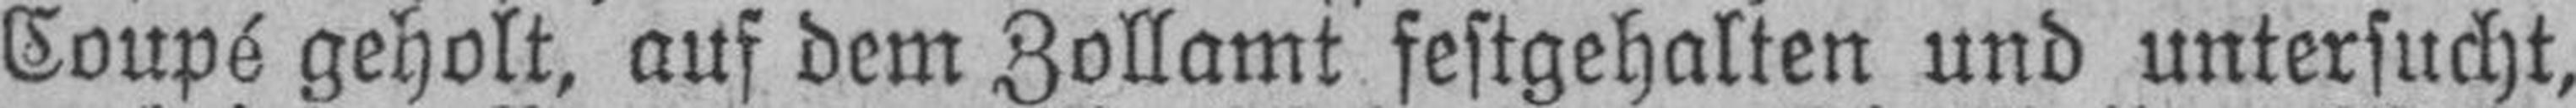
Coupé geholt, auf dem Zollamt festgehalten und untersucht,